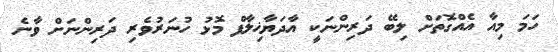
ހަމަ މިއާ އެއްގޮތަށް ލިބޭ ދަރިންނަކީ އާދަޔާޚިލާފް މޮޅު ހުނަރުވެރި ދަރިންނަށް ވާނެ